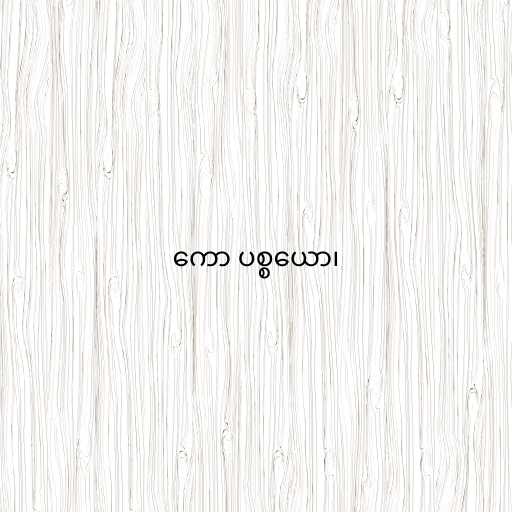
ကော ပစ္စယော၊